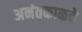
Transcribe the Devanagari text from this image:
अनंतकाळचे